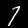
Digit: 7